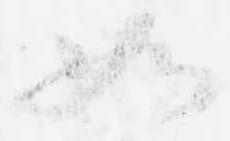
如